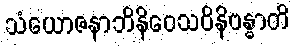
သံယောဇနာဘိနိဝေသဝိနိဗန္ဓာတိ